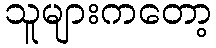
သူများကတော့